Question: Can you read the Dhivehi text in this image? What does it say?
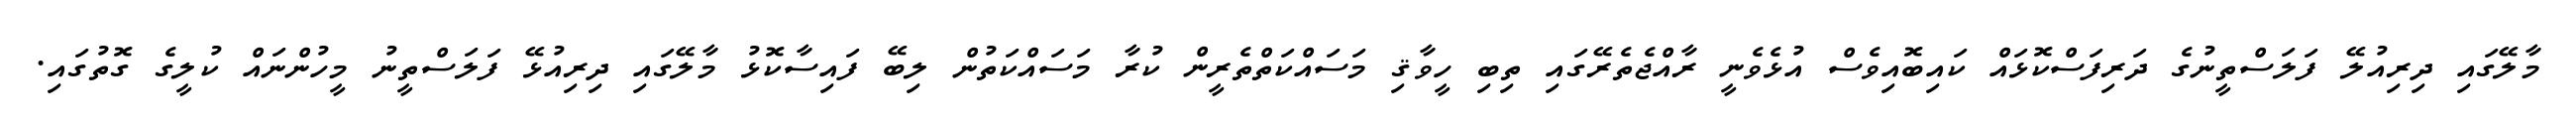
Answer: މާލޭގައި ދިރިއުލޭ ފަލަސްތީނުގެ ދަރިފަސްކޮޅައް ކައިބޮއިވެސް އުޅެވެނީ ރާއްޖެތެރޭގައި ތިބި ހީވާޤި މަސައްކަތްތެރީން ކުރާ މަސައްކަތުން ލިބޭ ފައިސާކޮޅު މާލޭގައި ދިރިއުޅޭ ފަލަސްތީނު މީހުންނައް ކުލީގެ ގޮތުގައި.